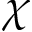
\chi